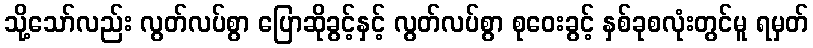
သို့သော်လည်း လွတ်လပ်စွာ ပြောဆိုခွင့်နှင့် လွတ်လပ်စွာ စုဝေးခွင့် နှစ်ခုစလုံးတွင်မူ ရမှတ်